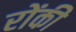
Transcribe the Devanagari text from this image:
रोंकी